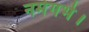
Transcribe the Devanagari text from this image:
नर्मगर्भ।